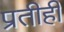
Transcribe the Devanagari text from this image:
प्रतीही